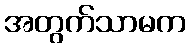
အတွက်သာမက